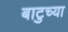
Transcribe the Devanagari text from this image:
बाटुच्या